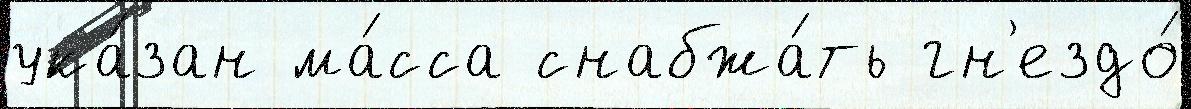
ука́зан ма́сса снабжа́ть гн'ездо́